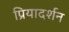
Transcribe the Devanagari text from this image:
प्रियादर्शन